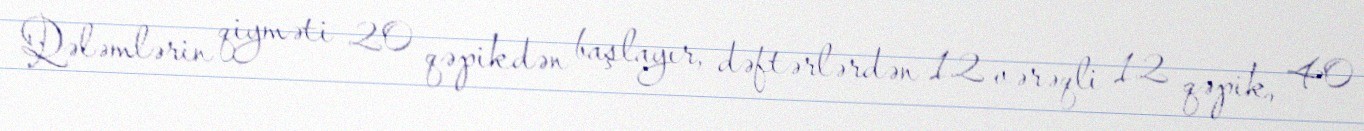
Qələmlərin qiyməti 20 qəpikdən başlayır, dəftərlərdən 12 vərəqli 12 qəpik, 40